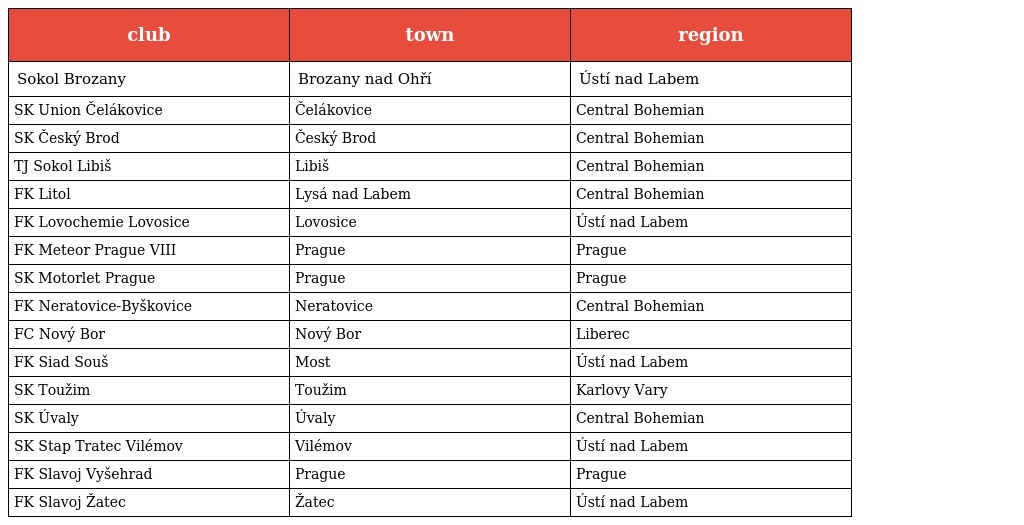
| club | town | region |
 | --- | --- | --- |
 | Sokol Brozany | Brozany nad Ohří | Ústí nad Labem |
 | SK Union Čelákovice | Čelákovice | Central Bohemian |
 | SK Český Brod | Český Brod | Central Bohemian |
 | TJ Sokol Libiš | Libiš | Central Bohemian |
 | FK Litol | Lysá nad Labem | Central Bohemian |
 | FK Lovochemie Lovosice | Lovosice | Ústí nad Labem |
 | FK Meteor Prague VIII | Prague | Prague |
 | SK Motorlet Prague | Prague | Prague |
 | FK Neratovice-Byškovice | Neratovice | Central Bohemian |
 | FC Nový Bor | Nový Bor | Liberec |
 | FK Siad Souš | Most | Ústí nad Labem |
 | SK Toužim | Toužim | Karlovy Vary |
 | SK Úvaly | Úvaly | Central Bohemian |
 | SK Stap Tratec Vilémov | Vilémov | Ústí nad Labem |
 | FK Slavoj Vyšehrad | Prague | Prague |
 | FK Slavoj Žatec | Žatec | Ústí nad Labem |